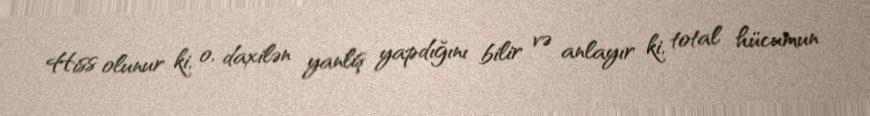
Hiss olunur ki, o, daxilən yanlış yapdığını bilir və anlayır ki, total hücumun